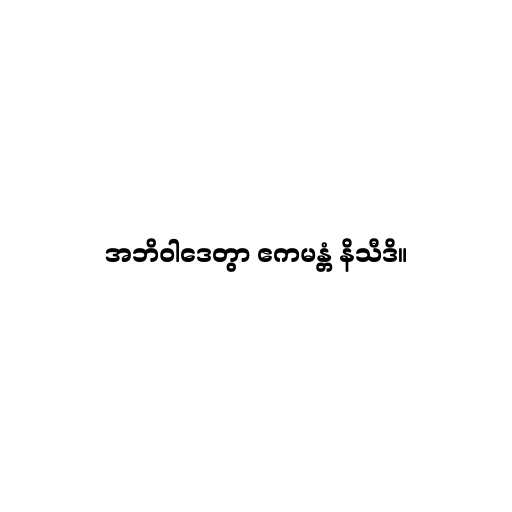
အဘိဝါဒေတွာ ဧကမန္တံ နိသီဒိ။